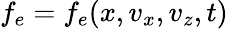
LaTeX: f_{e}=f_{e}(x,v_{x},v_{z},t)